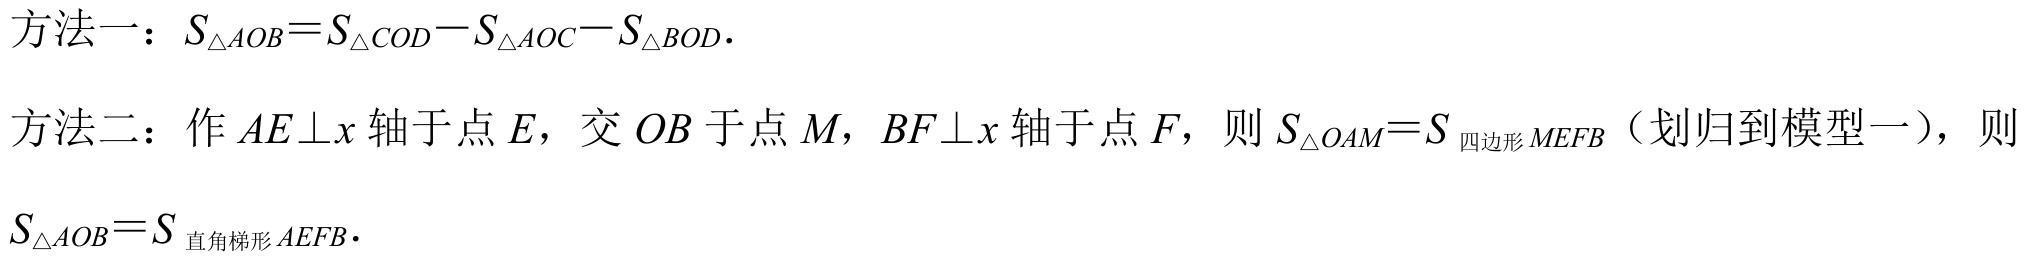
方法一：\(S_{\triangle AOB}=S_{\triangle COD}-S_{\triangle AOC}-S_{\triangle BOD}.\)
方法二：作\(AE\perp x\)轴于点\(E\)，交\(OB\)于点\(M\)，\(BF\perp x\)轴于点\(F\)，则\(S_{\triangle OAM}=S_{\text{四边形}MEFB}\)（划归到模型一），则\(S_{\triangle AOB}=S_{\text{直角梯形}AEFB}.\)